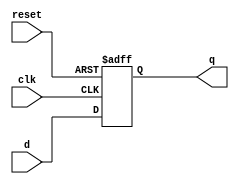
// 1bit flip flop
module flipflop(
  input clk, reset, d,
  output reg q);

  always @ (posedge clk, posedge reset)
    if (reset)
      q <= 1'b0;
    else
      q <= d;
endmodule

// 1bit CPU
module cpu0(
  input clk, reset,
  output q);

  wire in, out;

  flipflop ff (clk, reset, in, out);
  assign in = ! out;
  assign q = out;

endmodule